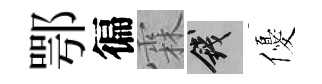
鄂徧霖錢優